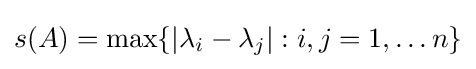
s(A)=\max\{|\lambda _{i}-\lambda _{j}|:i,j=1,\ldots n\}